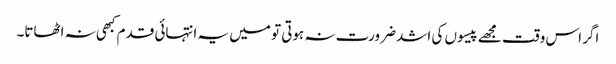
اگر اس وقت مجھے پیسوں کی اشد ضرورت نہ ہوتی تو میں یہ انتہائی قدم کبھی نہ اٹھاتا۔